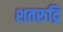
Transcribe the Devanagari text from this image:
शतरुद्रि